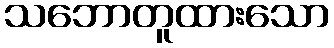
သဘောတူထားသော